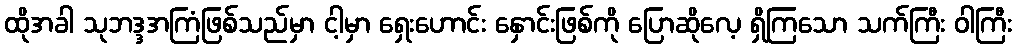
ထိုအခါ သုဘဒ္ဒအကြံဖြစ်သည်မှာ ငါ့မှာ ရှေးဟောင်း နှောင်းဖြစ်ကို ပြောဆိုလေ့ ရှိကြသော သက်ကြီး ဝါကြီး